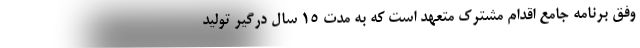
وفق برنامه جامع اقدام مشترک متعهد است که به مدت ۱۵ سال درگیر تولید